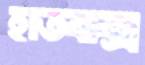
হাতবাক্‌স